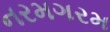
નરમગરમ